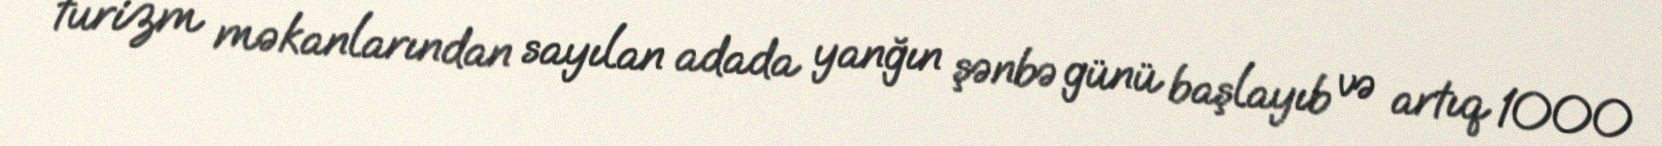
turizm məkanlarından sayılan adada yanğın şənbə günü başlayıb və artıq 1000